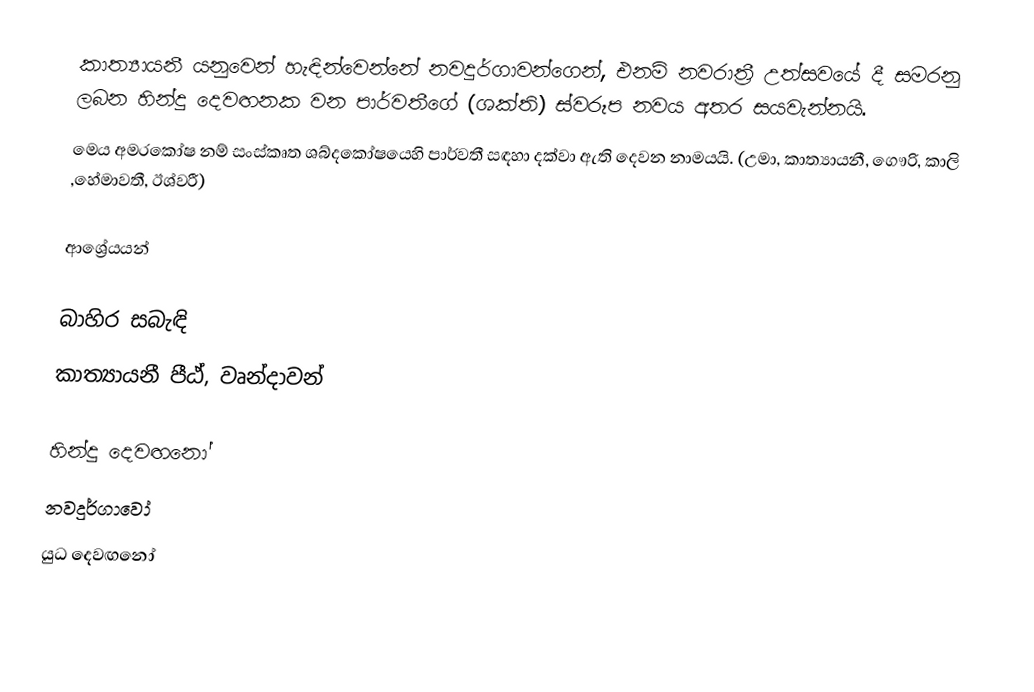
කාත්‍යායනී යනුවෙන් හැඳින්වෙන්නේ නවදුර්ගාවන්ගෙන්, එනම් නවරාත්‍රී උත්සවයේ දී සමරනු ලබන හින්දු දෙවඟනක වන පාර්වතීගේ (ශක්ති) ස්වරූප නවය අතර සයවැන්නයි.
මෙය අමරකෝෂ නම් සංස්කෘත ශබ්දකෝෂයෙහි පාර්වතී සඳහා දක්වා ඇති දෙවන නාමයයි. (උමා, කාත්‍යායනී, ගෞරි, කාලි ,හේමාවතී, ඊශ්වරී)

ආශ්‍රේයයන්

බාහිර සබැඳි
 කාත්‍යායනී පීඨ්, වෘන්දාවන්

හින්දු දෙවඟනෝ
නවදුර්ගාවෝ
යුධ දෙවඟනෝ